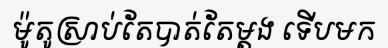
ម៉ូតូស្រាប់តែបាត់តែម្តង ទើបមក